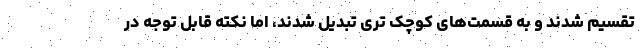
تقسیم شدند و به قسمت‌های کوچک تری تبدیل شدند، اما نکته قابل توجه در